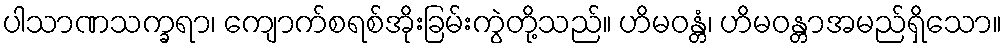
ပါသာဏသက္ခရာ၊ ကျောက်စရစ်အိုးခြမ်းကွဲတို့သည်။ ဟိမဝန္တံ၊ ဟိမဝန္တာအမည်ရှိသော။